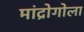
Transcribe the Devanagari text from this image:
मांद्रोगोला